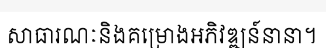
សាធារណៈនិងគម្រោងអភិវឌ្ឍន៍នានា។